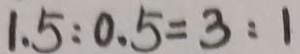
1 . 5 : 0 . 5 = 3 : 1